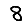
Digit: 8